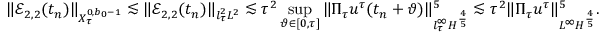
\Vert \mathcal { E } _ { 2 , 2 } ( t _ { n } ) \Vert _ { X _ { \tau } ^ { 0 , b _ { 0 } - 1 } } \lesssim \Vert \mathcal { E } _ { 2 , 2 } ( t _ { n } ) \Vert _ { l _ { \tau } ^ { 2 } L ^ { 2 } } \lesssim \tau ^ { 2 } \operatorname* { s u p } _ { \vartheta \in [ 0 , \tau ] } \| \Pi _ { \tau } u ^ { \tau } ( t _ { n } + \vartheta ) \| _ { l _ { \tau } ^ { \infty } H ^ { \frac { 4 } { 5 } } } ^ { 5 } \lesssim \tau ^ { 2 } \| \Pi _ { \tau } u ^ { \tau } \| _ { L ^ { \infty } H ^ { \frac { 4 } { 5 } } } ^ { 5 } .